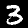
Digit: 3